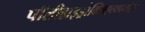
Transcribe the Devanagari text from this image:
पॉलीहाइड्रोक्सिएल्कानोट्स